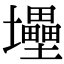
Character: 𡔁